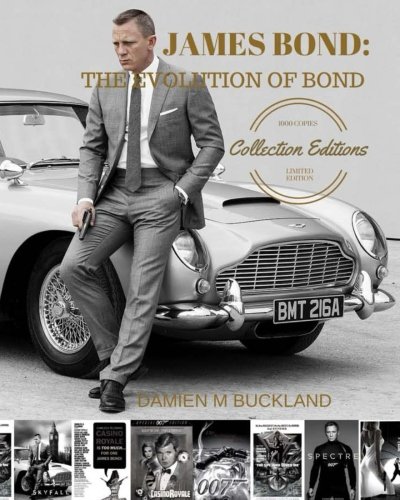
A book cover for James Bond: The Evolution of Bond: 1000 Copy Limited Edition (collection editions); Damien M Buckland; Humor & Entertainment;